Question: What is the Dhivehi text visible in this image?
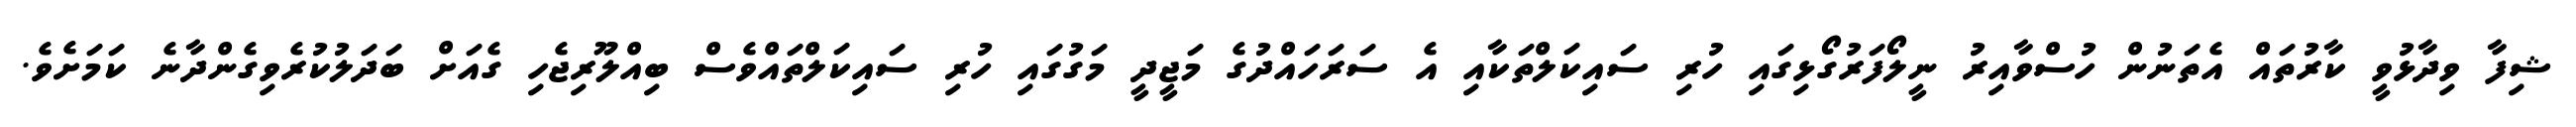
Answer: ޝިފާ ވިދާޅުވީ ކާރުތައް އެތަނުން ހުސްވާއިރު ނީލޯފަރުގޯޅިގައި ހުރި ސައިކަލްތަކާއި އެ ސަރަހައްދުގެ މަޖީދީ މަގުގައި ހުރި ސައިކަލްތައްވެސް ބިއްލޫރިޖެހި ގެއަށް ބަދަލުކުރެވިގެންދާނެ ކަމަށެވެ.